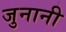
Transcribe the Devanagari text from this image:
जुनानी